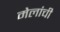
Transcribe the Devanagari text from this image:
मेलांची